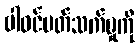
ပါဝင်ပတ်သက်မှုကို